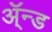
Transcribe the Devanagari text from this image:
ॲ्न्ड